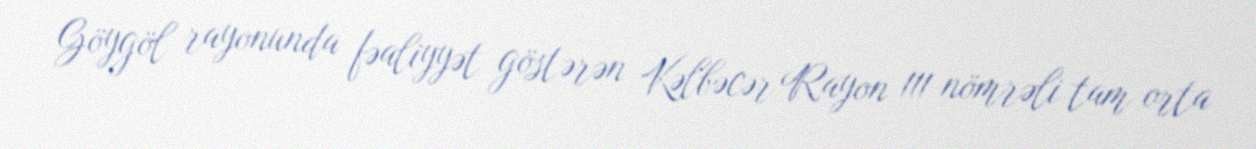
Göygöl rayonunda fəaliyyət göstərən Kəlbəcər Rayon 111 nömrəli tam orta